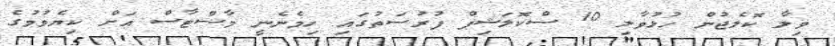
ވިލާ ކޮލެޖުން ހުޅުވާލި 10 ސްކޮލަޝިޕް ފުރުސަތުގައި ހިމެނެނީ މާސްޓާސް އަށް ކިޔެވުމުގެ